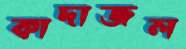
কাদাজল